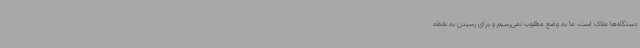
دستگاه‌ها ملاک است، ما به وضع مطلوب نمی‌رسیم و برای رسیدن به نقطه